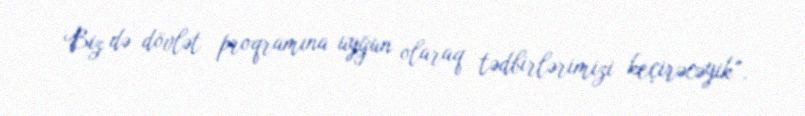
Biz də dövlət proqramına uyğun olaraq tədbirlərimizi keçirəcəyik”.